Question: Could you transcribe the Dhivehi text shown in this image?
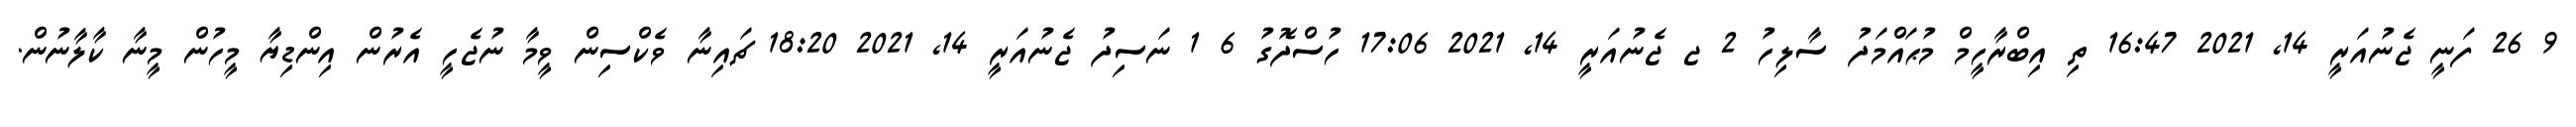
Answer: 9 26 ފަނީ ޖެނުއަރީ 14, 2021 16:47 ތި އިބްރާހީމް މުޙައްމަދު ސާލިހު 2 ޖ ޖެނުއަރީ 14, 2021 17:06 ހުސްދޮގު 6 1 ނަސިދު ޖެނުއަރީ 14, 2021 18:20 ޗައިނާ ވެކްސިން ވީމާ ނުޖެހީ އެރުން އިންޑިޔާ މީހުން މީނާ ކާލާނުން.